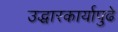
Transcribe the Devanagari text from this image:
उद्धारकार्यापुढे